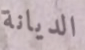
الديانة